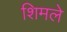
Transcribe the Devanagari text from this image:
शिमले